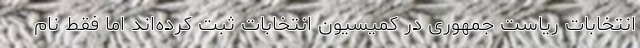
انتخابات ریاست جمهوری در کمیسیون انتخابات ثبت کرده‌اند اما فقط نام